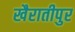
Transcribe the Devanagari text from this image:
खैरातीपुर